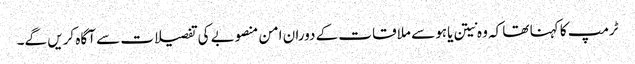
ٹرمپ کا کہنا تھا کہ وہ نیتن یاہو سے ملاقات کے دوران امن منصوبے کی تفصیلات سے آگاہ کریں گے۔